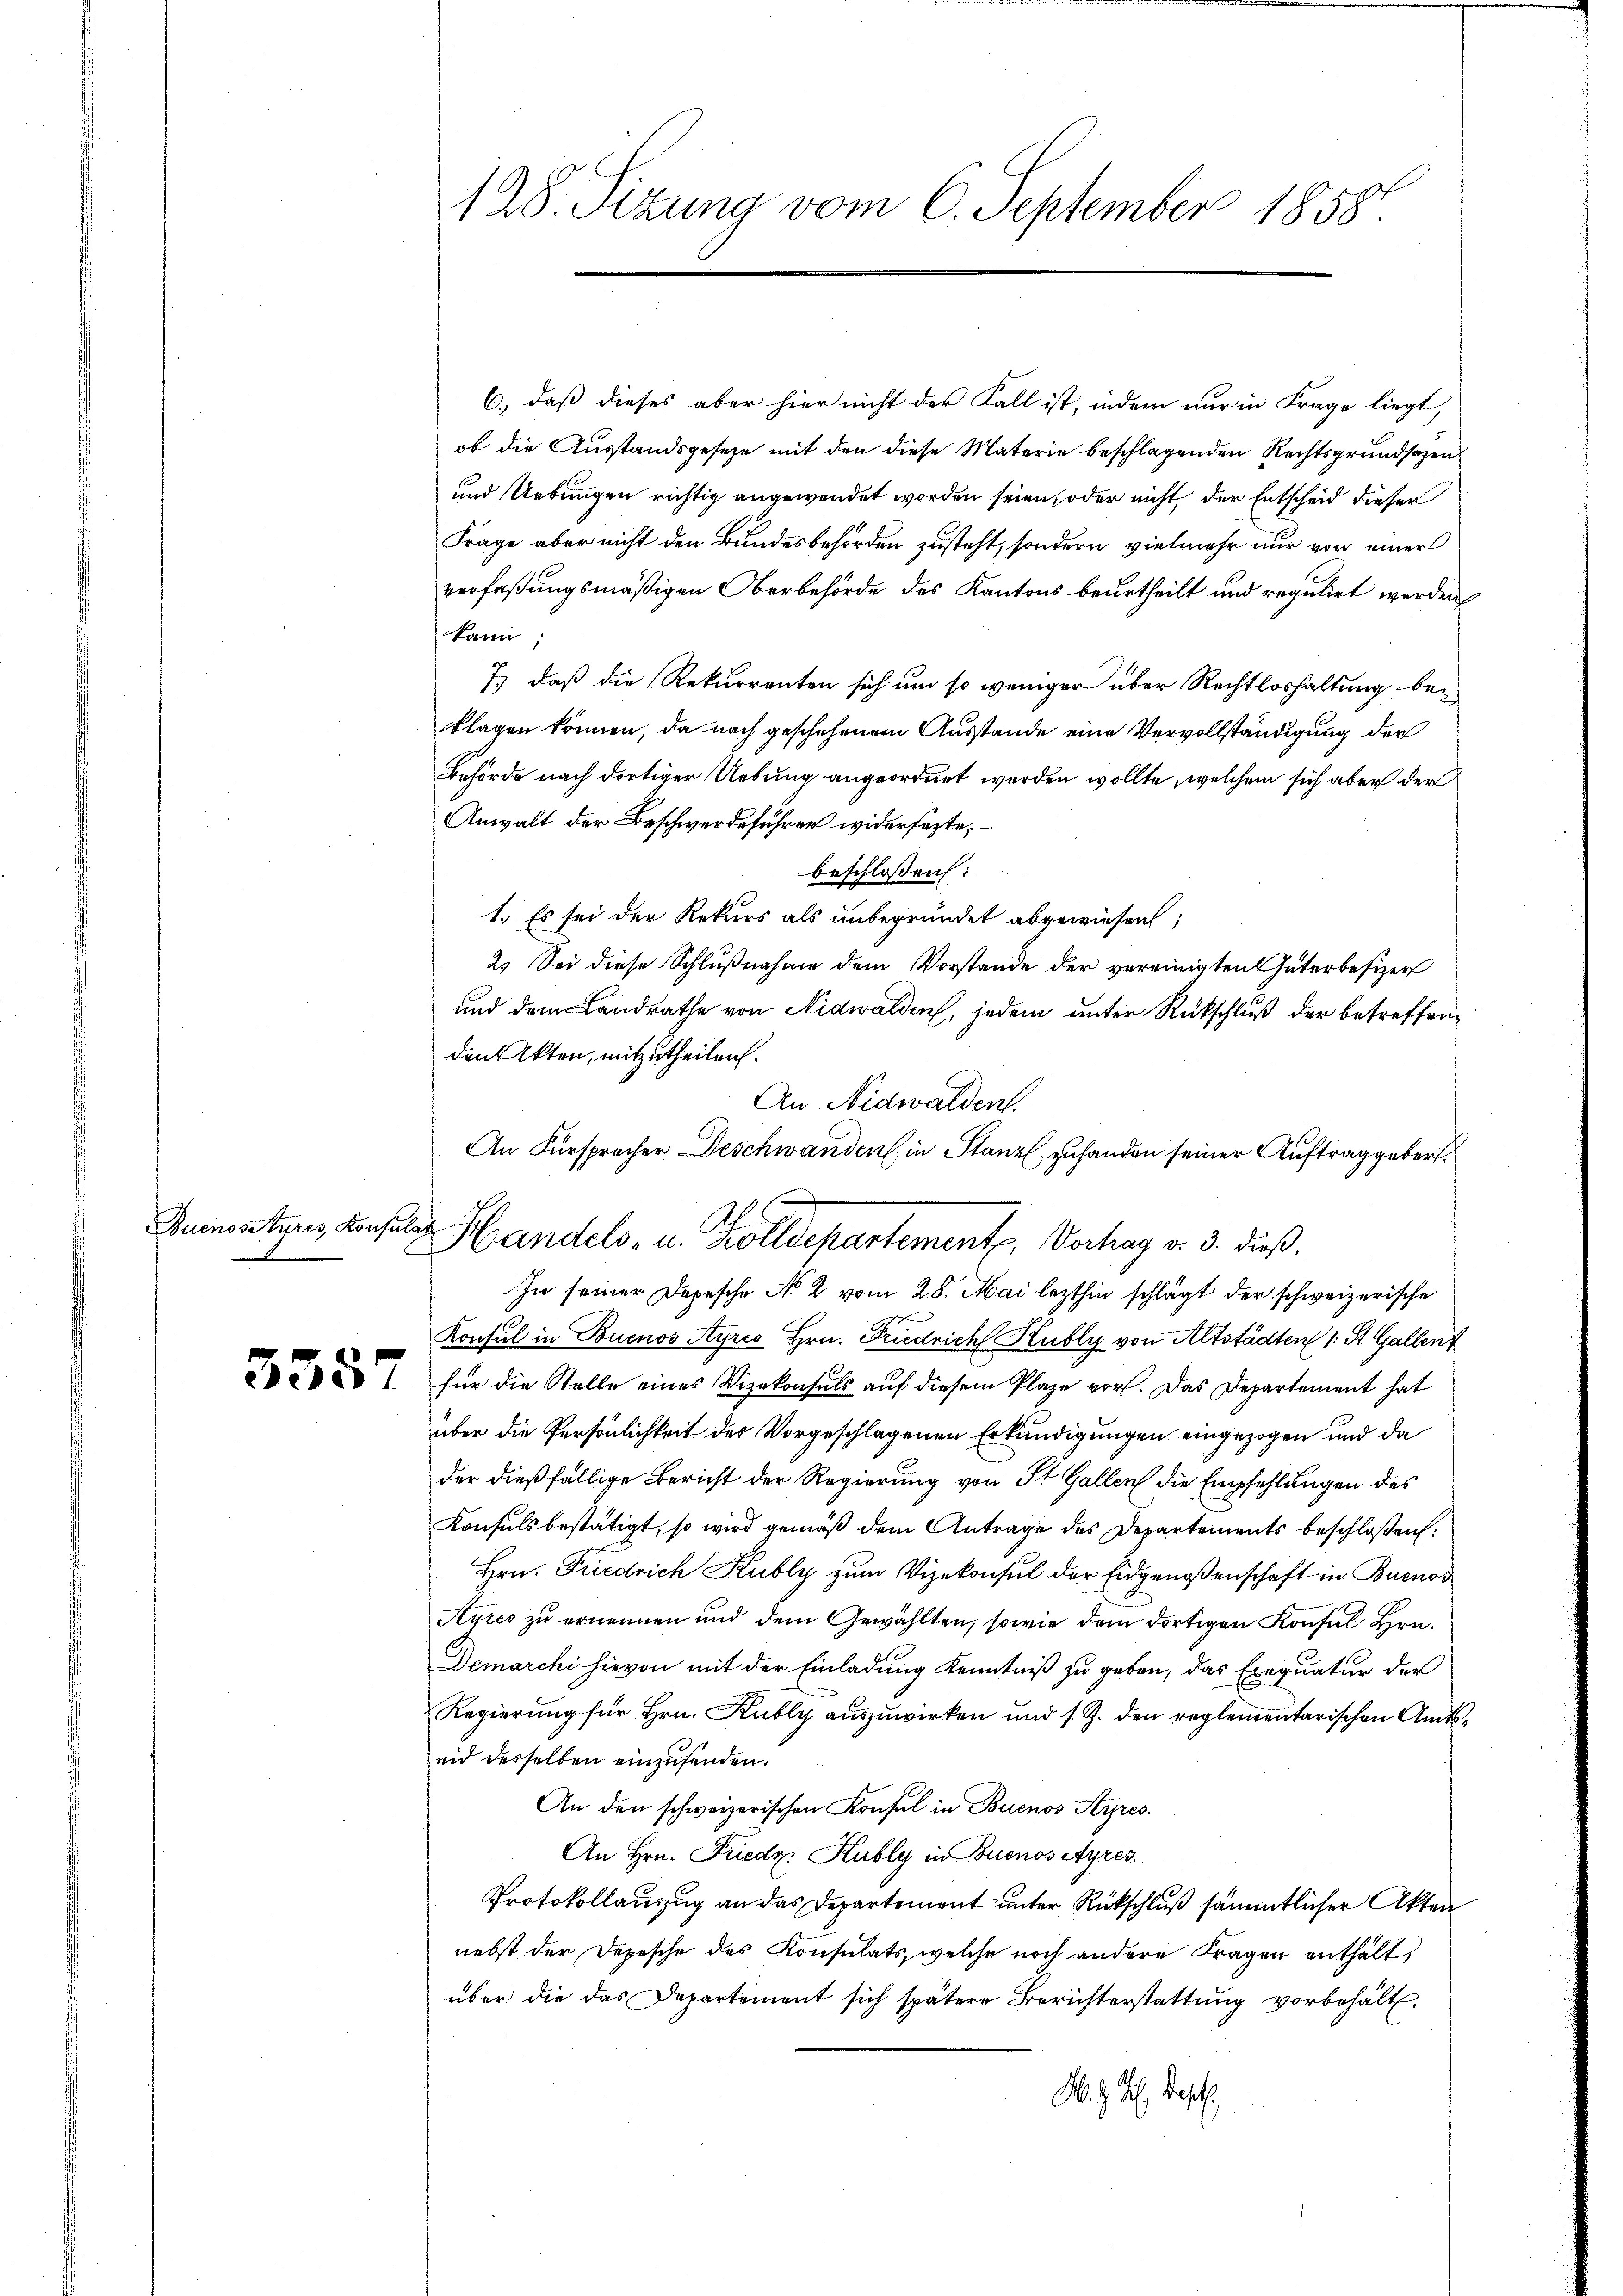
Buenos Ayres Konsulat

5357

128. Sizung vom 6. September 1858.

An Fürsprecher Deschwanden, in Stanz, zuhanden seiner Auftrag gebert.
Handels- u. Zolldepartement, Vorhag v. 3. dieß.

6., daß dieses aber hier nicht der Fall ist, indem nur in Frage liegt,
ob die Ausstandsgeseze mit den diese Materie beschlagenden Rechtsgrundsazen
und Uebungen richtig angewendet worden seien, oder nicht der Entscheid dieser
Frage aber nicht den Bundesbehörden zusteht, sondern vielmehr nur von einer
verfaßungsmäßigen Oberbehörde des Kantons beurtheilt und regulirt werden,
kann;
7) daß die Rekurrenten sich um so weniger über Rechtloshaltung bei
klagen können, da nach geschehenem Ausstande eine Vervollständigung der
Behörde nach dortiger Uebung angeordnet werden wollte, welchem sich aber der
Anwalt der Beschwerdeführer widersezte;
beschlossen:
1. Es sei der Rekurs als unbegründet abgewiesen,
2. Sei diese Schlußnahme dem Vorstande der vereinigten Güterbesizer
und dem Landrathe von Nidwalden, jedem unter Rückschluß der betreffen
den Akten, mitzutheilen.
An Nidwaldent.
In seiner Depesche No 2 vom 28. Mai lezthin schlägt der schweizerische
n
Konsul in Buenos Ayres Hrn. Friedrich Kubly von Altstädten 1 St. Gallen
für die Stelle eines Vizekonsuls auf diesem Plaze vor. Das Departement hat
über die Persönlichkeit der vorgeschlagenen Erkundigungen eingezogen und da
der dießfällige Bericht der Regierung von St. Gallen die Empfehlungen des
Konsuls bestätigt, so wird gemäß dem Antrage des Departements beschloßen:
Hrn. Friedrich Kubly zum Vizekonsul der Eidgenossenschaft in Buenos
Ayres zu ernennen und dem Gewählten, sowie dem dortigen Konsul Hrn.
Demarchi hievon mit der Einladung Kenntniß zu geben, das Exequatur der
Regierung für Hrn. Kubly auszuwirken und s. Z. den reglementarischen Amtseid desselben einzusenden.
An den schweizerischen Konsul in Buenos Aires.
An Hrn. Friedr. Kubly in Buenos Ayres.
Protokollauszug an das Departement unter Rückschluß sämmtlicher Akten
nebst der Depesche des Konsulats, welche noch andere Fragen enthält
über die das Departement sich spätere Berichterstattung vorbehält.
M. J. H. Best